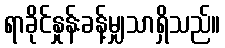
ရာခိုင်နှုန်းခန့်မျှသာရှိသည်။